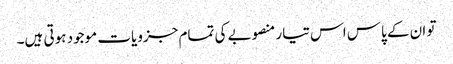
تو ان کے پاس اس تیار منصوبے کی تمام جزویات موجود ہوتی ہیں۔